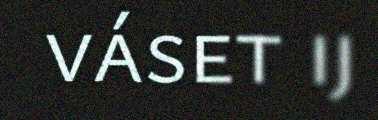
váset ij